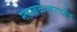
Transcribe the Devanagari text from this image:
महाबळेश्वरपर्यंत